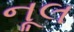
નૂલ